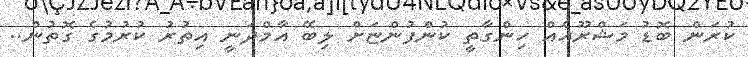
ކުރަން ބޮޑު މަޝްރޫއެއްް ހިންގާތީ ކުންފުންޏަށް ލިބޭ އާމްދަނީ އިތުރު ކުރުމުގެ ގޮތުން..